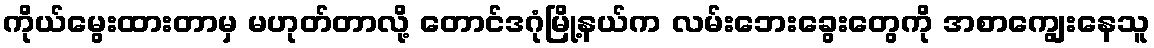
ကိုယ်မွေးထားတာမှ မဟုတ်တာလို့ တောင်ဒဂုံမြို့နယ်က လမ်းဘေးခွေးတွေကို အစာကျွေးနေသူ